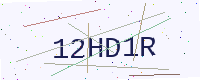
Text: 12HD1R